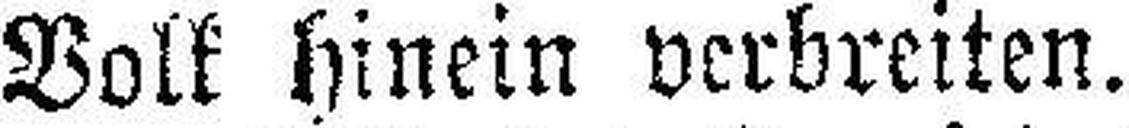
Volk hinein verbreiten.